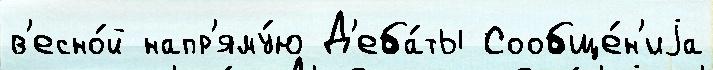
в'есно́й напр'яму́ю Д'еба́ты Сообще́н'иjа